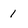
Character: 1